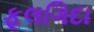
ફૂલગિદા